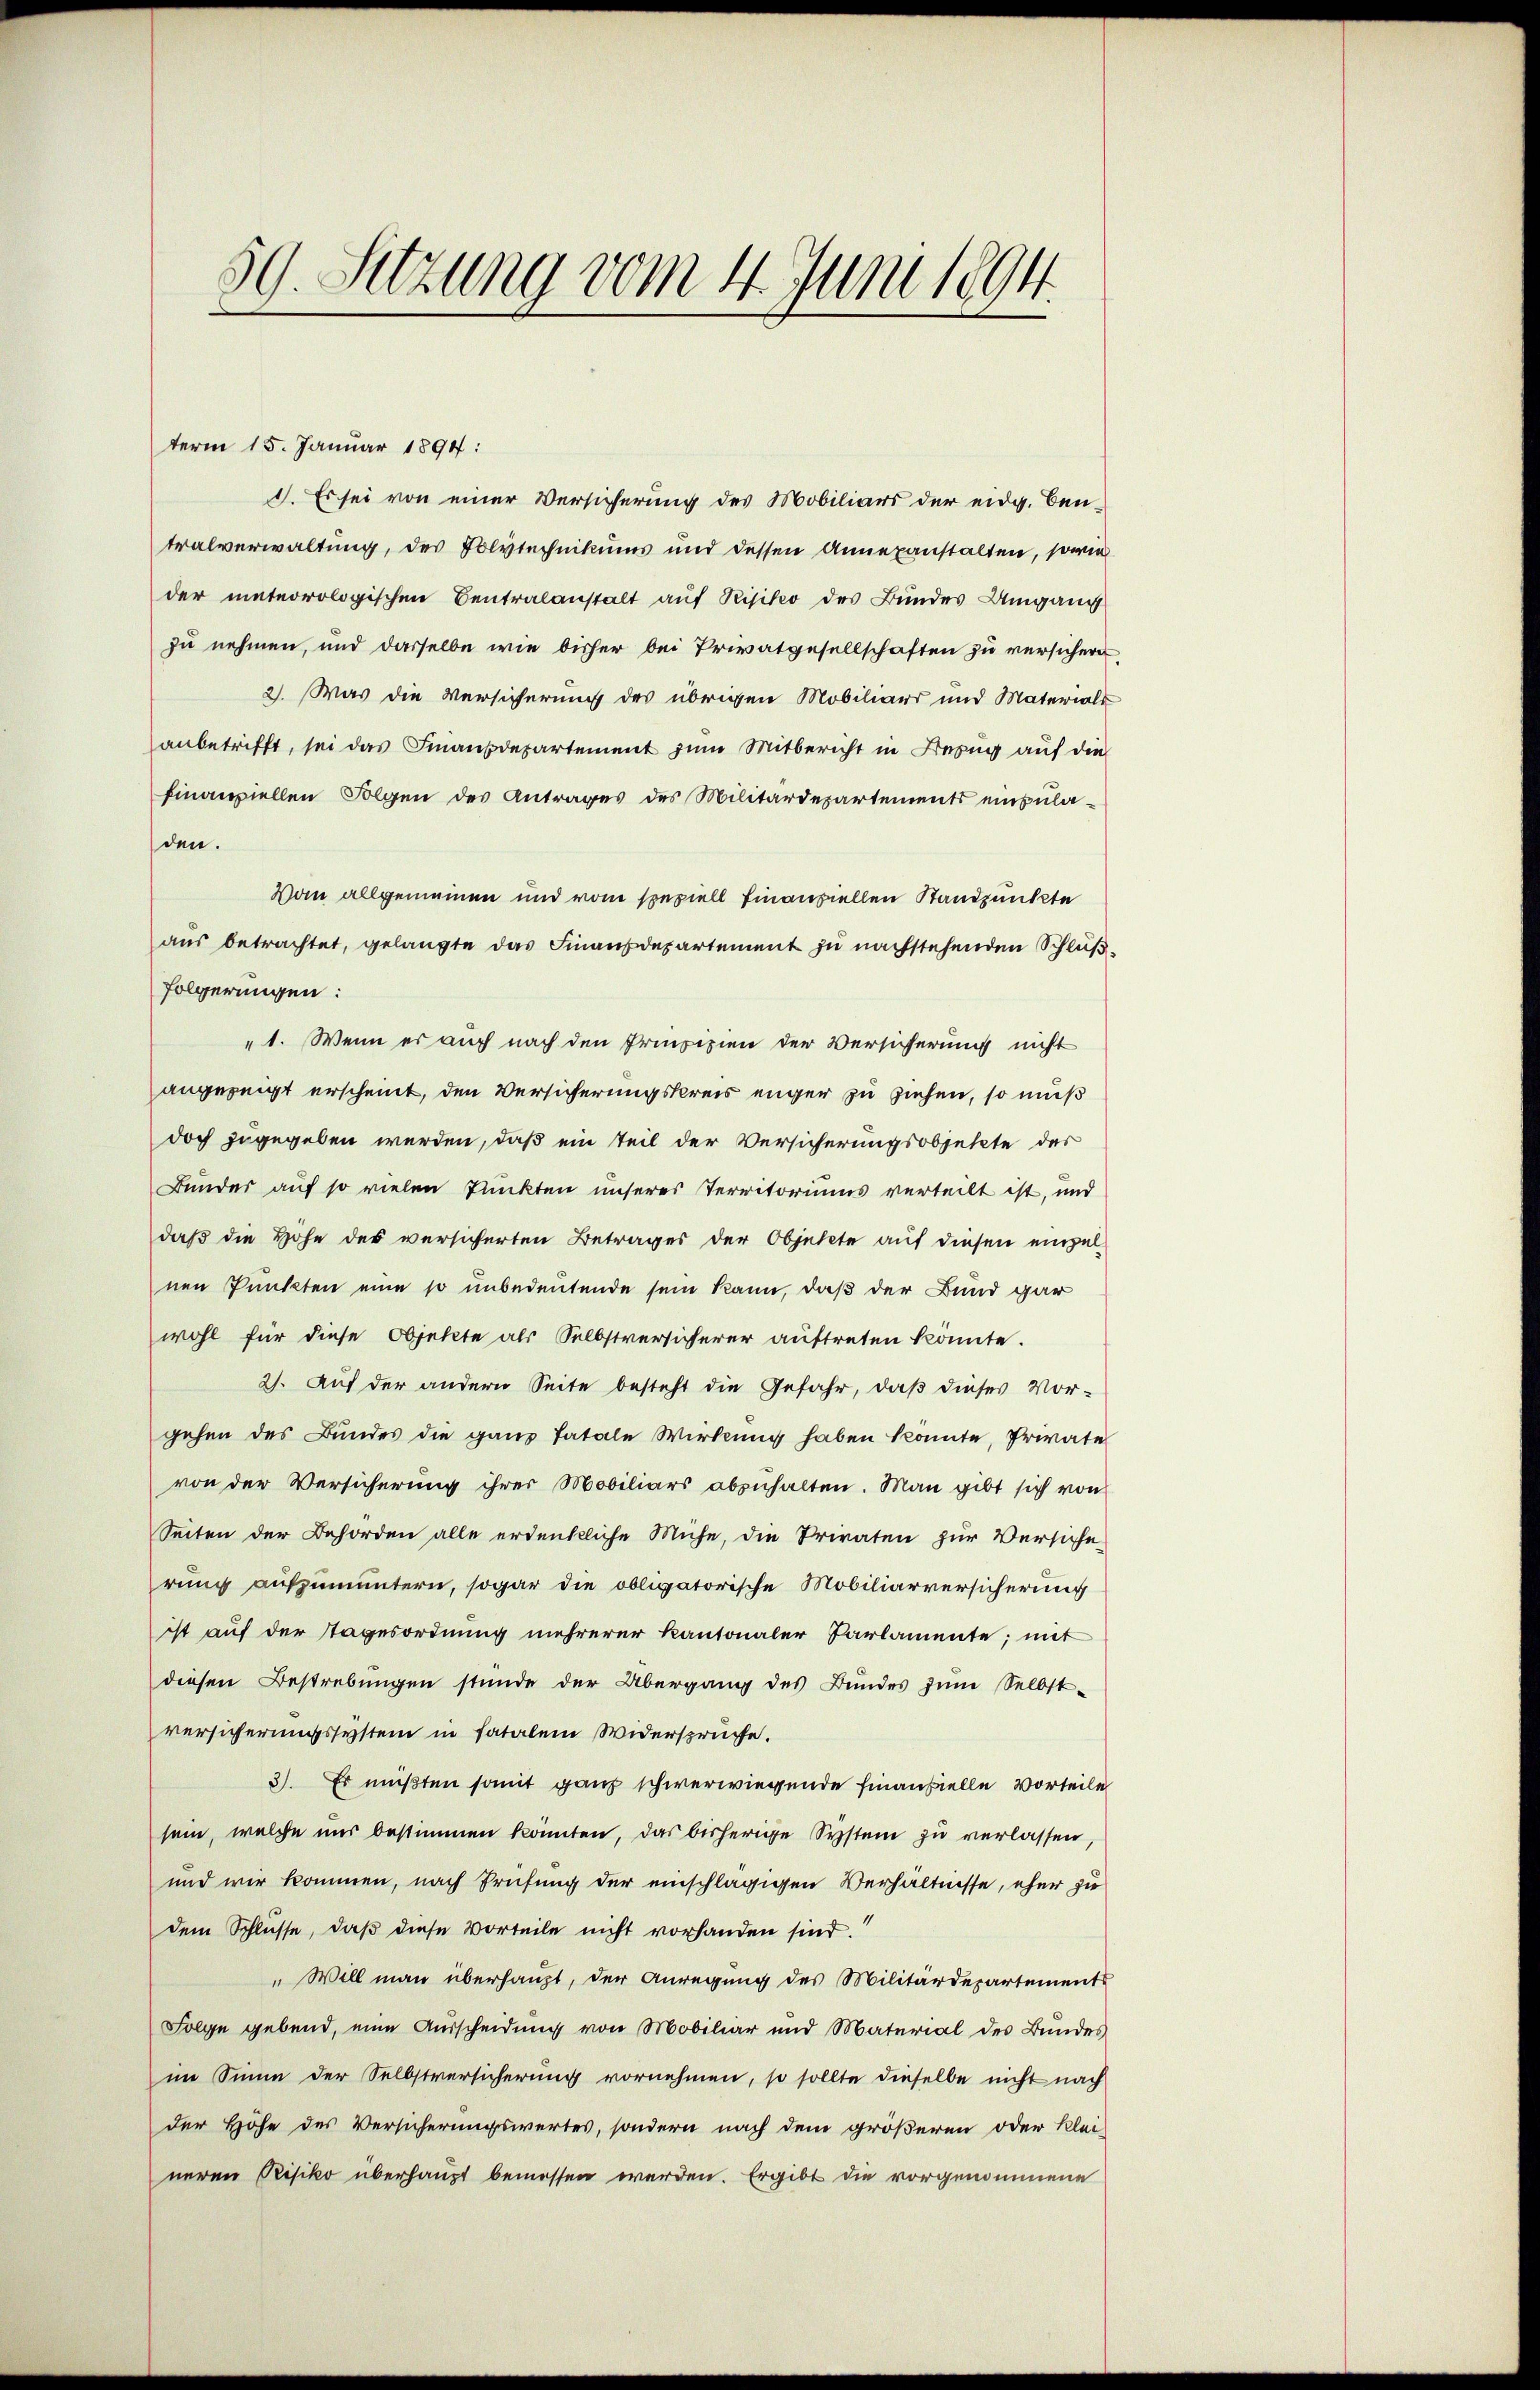
59. Setzung vom 4. Juni 1894.

term 15. Januar 1891:
I. Es sei von einer Versicherung des Mobiliars der eidg. Bentralverwaltung, des Polytechnikums und dessen Annexanstalten, sowie
der meteorologischen Centralanstalt auf Visito des Bundes Umgang
zu nehmen, und dasselbe wie bisher bei Privatgesellschaften zu versichern,
2. Was die Versicherung des übrigen Mobiliars und Materials
anbetrifft, sei das Finanzdepartement zum Mitbericht in Bezug auf die
finanziellen Folgen des Antrages des Militärdepartements einzuladen.
Vom allgemeinen und vom speziell finanziellen Standpunkte
aus betrachtet, gelangte das Finanzdepartement zu nachstehenden Schlußfolgerungen:
"1. Wenn es auch nach den Prinzipien der Versicherung nicht
angezeigt erscheint, den Versicherungskreis enger zu ziehen, so muß
doch zugegeben werden, daß ein Teil der Versicherungsobjekte des
Bunder auf so vielen Punkten unseres Territoriums verteilt ist, und
daß die Hohe des versicherten Betrages der Objekte auf diesen einzelnen Punkten eine so unbedeutende sein kann, daß der Bund gar
wohl für diese Objekte als Selbstversicherer auftreten könnte.
2). Auf der andern Seite besteht die Gefahr, daß dieses Vor-
gehen des Bundes die ganz fatale Wirkung haben könnte, Private
von der Versicherung ihrer Mobiliars abzuhalten. Man gibt sich von
Seiten der Behörden alle erdenkliche Mühe, die Privaten zur Versiche
rung aufzumuntern, sogar die obligatorische Mobiliarversicherung
ist auf der Tagesordnung mehrerer Kantonaler Parlamente; mit
diesen Bestrebungen stünde der Übergang des Bundes zŭm Selbst-
versicherungssystem in fatalem Widerspruche.
3). Es müßten somit ganz schwerwiegende Finanzielle Vorteile
sein, welche uns bestimmen könnten, das bisherige System zu verlassen,
und wir kommen, nach Prüfung der einschlägigen Verhältnisse, eher zu
dem Schlüsse, daß diese Vorteile nicht vorhanden sind.
" Will man überhaupt, der Anregung des Militärdepartements
Folge gebend, eine Ausscheidung von Mobiliar und Material des Bundes
im Sinne der Selbstversicherung vornehmen, so sollte dieselbe nicht nach
der Höhe des Versicherungswertes, sondern nach dem größeren oder Klei-
neren Risiko überhaupt bemessen werden. Ergibt die vorgenommene